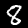
Digit: 8